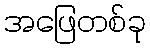
အဖြေတစ်ခု